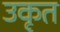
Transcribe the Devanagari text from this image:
उकृत